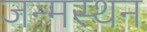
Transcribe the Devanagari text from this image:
जन्मस्थन